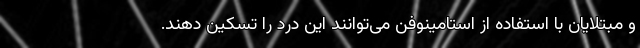
و مبتلایان با استفاده از استامینوفن می‌توانند این درد را تسکین دهند.